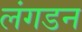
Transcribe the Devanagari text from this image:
लंगडन